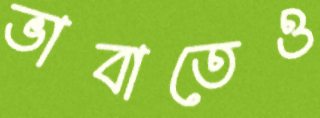
ভাবাতেও